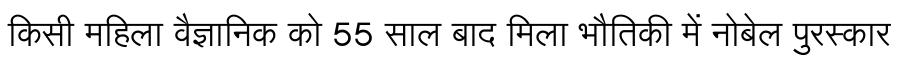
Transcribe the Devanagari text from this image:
किसी महिला वैज्ञानिक को 55 साल बाद मिला भौतिकी में नोबेल पुरस्कार